Civil Veterinary Department Bihar reports 1936-40 - 1936-1940
Year: 1936
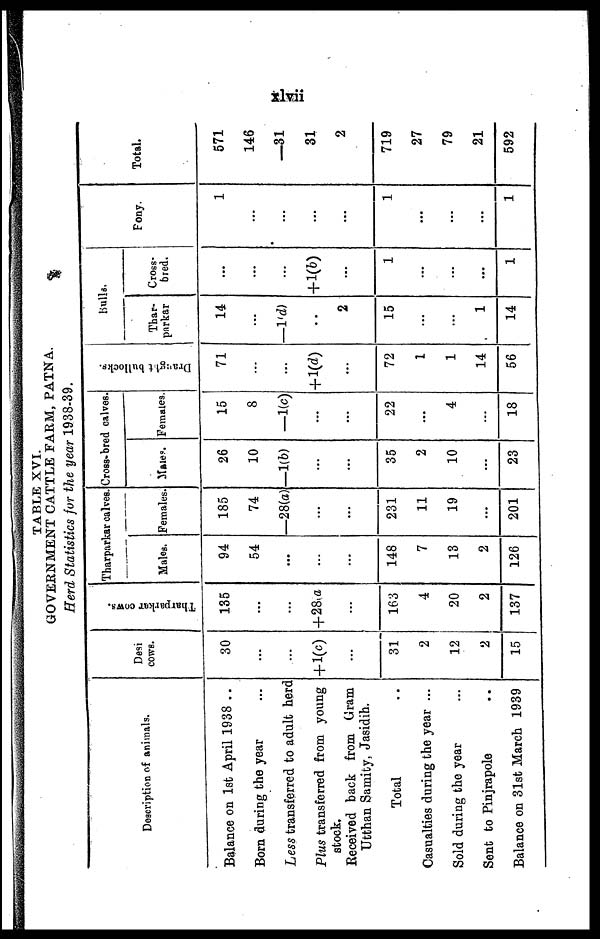
xlvii
TABLE XVI.
GOVERNMENT CATTLE FARM, PATNA.
Herd Statistics for the year 1938-39.
Description of animals.
Balance on 1st April 1938 ...
Born during the year ...
Less transferred to adult herd
Plus transferred from young
stock.
Received back from Gram
Utthan Samity, Jasidih.
Total ...
Casualties during the year ...
Sold during the year
Sent to Pinjrapole ..
Balance on 31st March 1939
Desi
cows.
30
...
...
+ l(c)
...
31
2
12
2
15
Tharparkar cows.
135
...
...
+28(a
...
163
4
20
2
137
Tharparkar calves
Males.
94
54
...
...
...
148
7
13
2
126
Females
185
74
28(a)
...
...
231
11
19
...
201
Cross-bred calves
Males
26
10
1(b)
...
...
35
2
10
...
23
Females
15
8
—1(c)
...
...
22
...
4
...
18
Draught bullocks.
71
...
...
+ l(d)
...
72
1
1
14
56
Hulls.
Thar-
parkar
14
...
—1(d)
..
2
15
...
...
1
14
Cross-
fared.
...
...
...
+1(6)
...
1
...
...
...
1
Fony.
1
...
...
...
...
1
...
...
...
1
Total.
571
146
—31
31
2
719
27
79
21
592